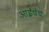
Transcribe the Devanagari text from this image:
आईचेच